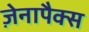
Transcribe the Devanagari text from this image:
ज़ेनापैक्स